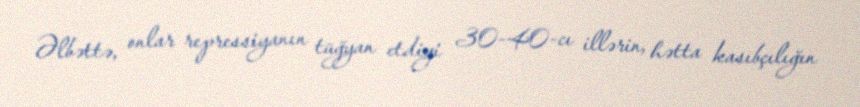
Əlbəttə, onlar repressiyanın tüğyan etdiyi 30-40-cı illərin, hətta kasıbçılığın